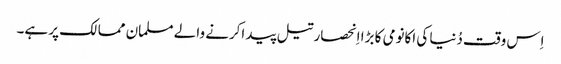
اِس وقت دُنیا کی اکانومی کا بڑا اِنحصار تیل پید اکرنے والے مسلمان ممالک پر ہے۔